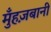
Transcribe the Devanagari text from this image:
मुँहज़बानी